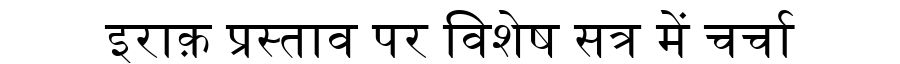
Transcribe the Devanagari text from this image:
इराक़ प्रस्ताव पर विशेष सत्र में चर्चा